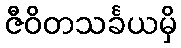
ဇီဝိတသင်္ခယမှိ